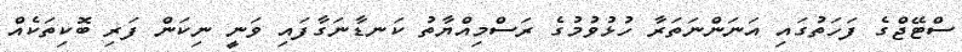
ސްޓޭޖްގެ ފަހަތުގައި އަނަންނަތަރާ ހުޅުވުމުގެ ރަސްމިއްޔާތު ކަނޑާނަގާފައި ވަނީ ނިކަން ފަރި ބޮކިތަކެއް